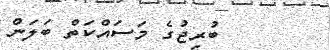
ބުރިޖުގެ މަސައްކަތް ބަލަން